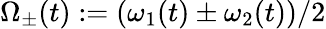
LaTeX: \Omega_{\pm}(t):=(\omega_{1}(t)\pm\omega_{2}(t))/2